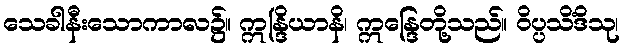
သေခါနီးသောကာလ၌။ ဣန္ဒြိယာနိ၊ ဣန္ဒြေတို့သည်။ ဝိပ္ပသိံဒိသု၊